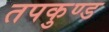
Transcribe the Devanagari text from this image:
तपकुण्ड